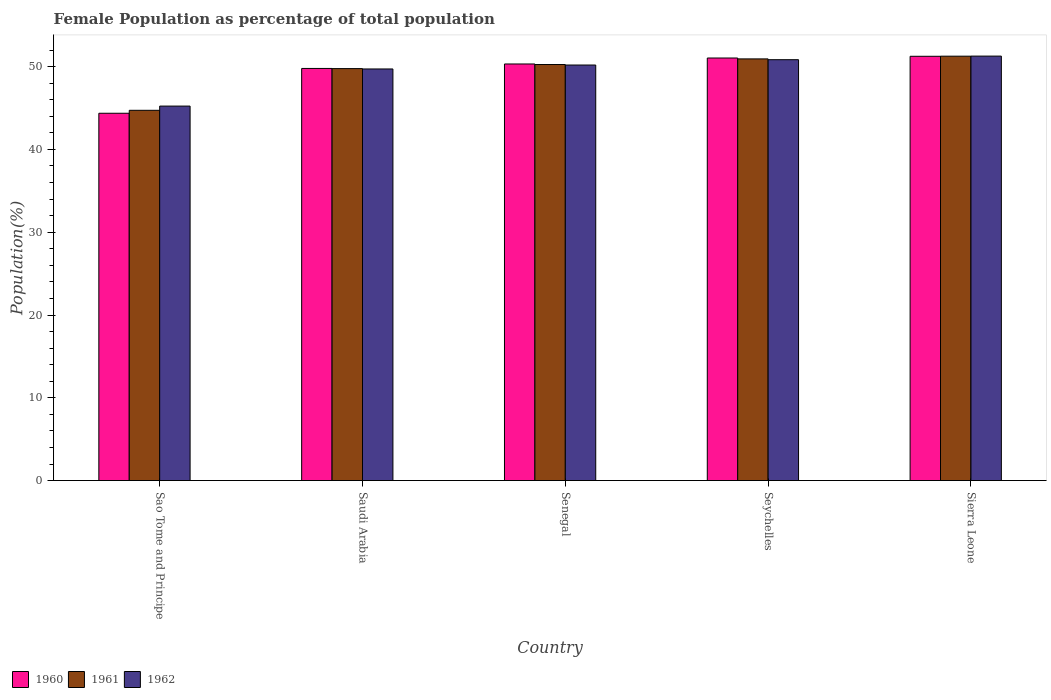
| Country | 1960 | 1961 | 1962 |
 | --- | --- | --- | --- |
 | Sao Tome and Principe | 44.4 | 44.7 | 45.2 |
 | Saudi Arabia | 49.8 | 49.8 | 49.7 |
 | Senegal | 50.3 | 50.3 | 50.2 |
 | Seychelles | 51 | 50.9 | 50.8 |
 | Sierra Leone | 51.3 | 51.3 | 51.3 |